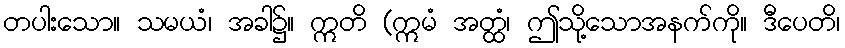
တပါးသော။ သမယံ၊ အခါ၌။ ဣတိ (ဣမံ အတ္ထံ၊ ဤသို့သောအနက်ကို။ ဒီပေတိ၊